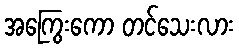
အကြွေးကော တင်သေးလား